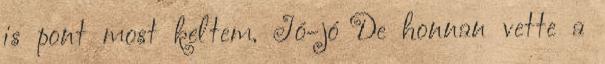
is pont most keltem. Jó-jó De honnan vette a